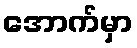
အောက်မှာ